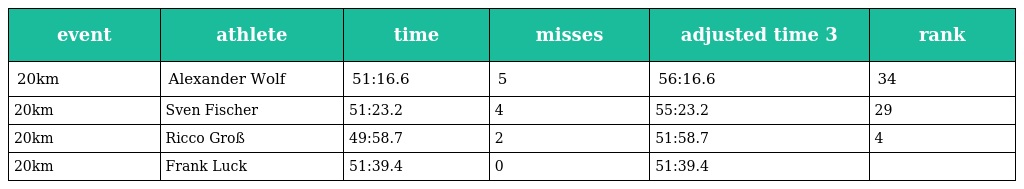
| event | athlete | time | misses | adjusted time 3 | rank |
 | --- | --- | --- | --- | --- | --- |
 | 20km | Alexander Wolf | 51:16.6 | 5 | 56:16.6 | 34 |
 | 20km | Sven Fischer | 51:23.2 | 4 | 55:23.2 | 29 |
 | 20km | Ricco Groß | 49:58.7 | 2 | 51:58.7 | 4 |
 | 20km | Frank Luck | 51:39.4 | 0 | 51:39.4 |  |